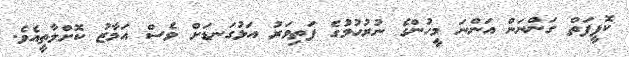
ކޮޕީފަތް ގަންނަން އަންނަ މީހުންގެ ނުރުހުމުގެ ފަތިވަރު އަޅުގަނޑަށް ވެސް އަމާޒު ކޮށްލާތީއެވެ.